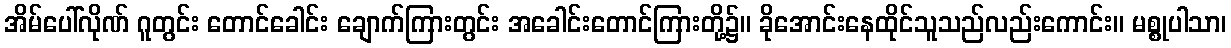
အိမ်ပေါ်လိုဏ် ဂူတွင်း တောင်ခေါင်း ချောက်ကြားတွင်း အခေါင်းတောင်ကြားတို့၌။ ခိုအောင်းနေထိုင်သူသည်လည်းကောင်း။ မစ္စုပါသာ၊